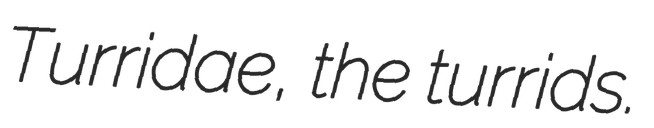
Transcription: Turridae, the turrids.